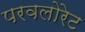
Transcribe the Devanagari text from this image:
परवलोरेट